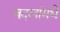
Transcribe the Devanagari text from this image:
बदलांमधे